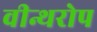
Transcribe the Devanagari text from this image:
वीन्थरोप